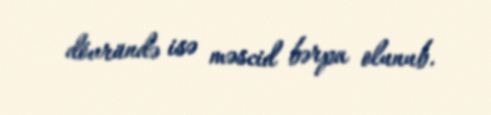
dövründə isə məscid bərpa olunub.